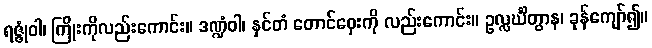
ရဇ္ဇုံဝါ၊ ကြိုးကိုလည်းကောင်း။ ဒဏ္ဍံဝါ၊ နှင်တံ တောင်ဝှေးကို လည်းကောင်း။ ဥလ္လင်္ဃိတွာန၊ ခုန်ကျော်၍။